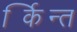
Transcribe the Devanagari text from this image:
कर्न्ति